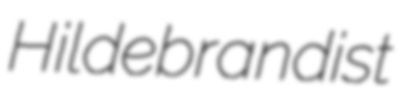
Hildebrandist